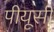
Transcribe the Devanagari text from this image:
पीयूसी